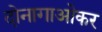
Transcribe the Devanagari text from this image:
दोनागाओकर